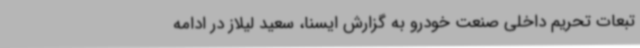
تبعات تحریم داخلی صنعت خودرو به گزارش ایسنا، سعید لیلاز در ادامه